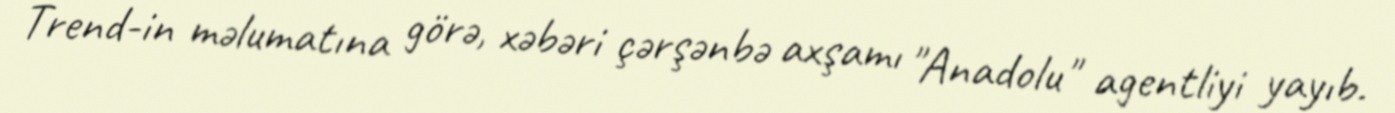
Trend-in məlumatına görə, xəbəri çərşənbə axşamı "Anadolu" agentliyi yayıb.